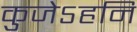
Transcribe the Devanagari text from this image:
कुजेऽहनि